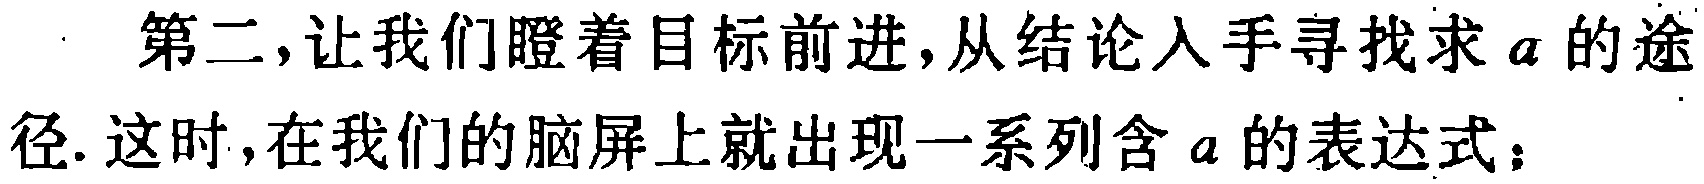
第二,让我们瞪着目标前进,从结论入手寻找求 \(a\) 的途径. 这时,在我们的脑屏上就出现一系列含 \(a\) 的表达式：